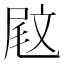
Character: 𡲈